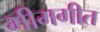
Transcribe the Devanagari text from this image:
भीमगीत